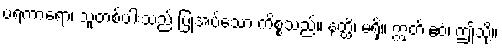
ပရကာရော၊ သူတစ်ပါးသည် ပြုအပ်သော ကိစ္စသည်။ နတ္ထိ၊ မရှိ။ ဣတိ ဧဝံ၊ ဤသို့။